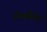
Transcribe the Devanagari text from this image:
रोथमैन्स